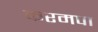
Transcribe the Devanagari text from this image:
करमपा